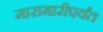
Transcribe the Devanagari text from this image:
मारामारीपर्यंत